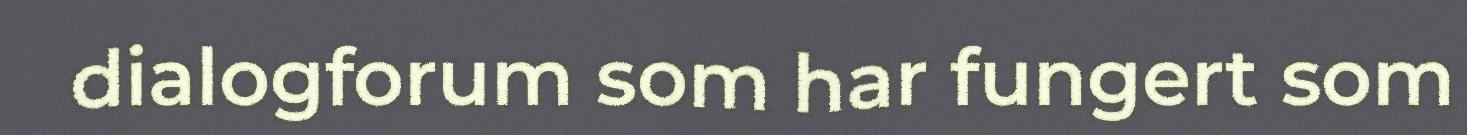
dialogforum som har fungert som